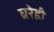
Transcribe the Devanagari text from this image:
घ्ररेही